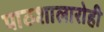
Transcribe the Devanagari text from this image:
पाठशालारोही